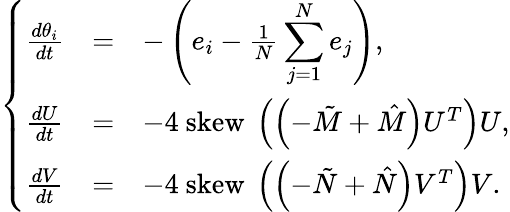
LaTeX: \left\{ \begin{array}{ccl}{\frac{d\theta_{i}}{dt}}&{=}&{-\left(e_{i}-\frac{1}{N}\displaystyle\sum_{j=1}^{N}e_{j}\right),}\\ {\frac{dU}{dt}}&{=}&{-4\mathrm{~skew~}\left(\left(-\tilde{M}+\hat{M}\right)U^{T}\right)U,}\\ {\frac{dV}{dt}}&{=}&{-4\mathrm{~skew~}\left(\left(-\tilde{N}+\hat{N}\right)V^{T}\right)V.}\end{array}\right.